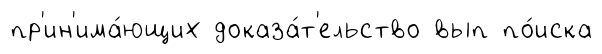
пр'ин'има́ющих доказа́т'ельство вып по́иска